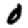
Digit: 0